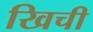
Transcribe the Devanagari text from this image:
खिची